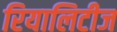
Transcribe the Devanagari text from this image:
रियालिटीज